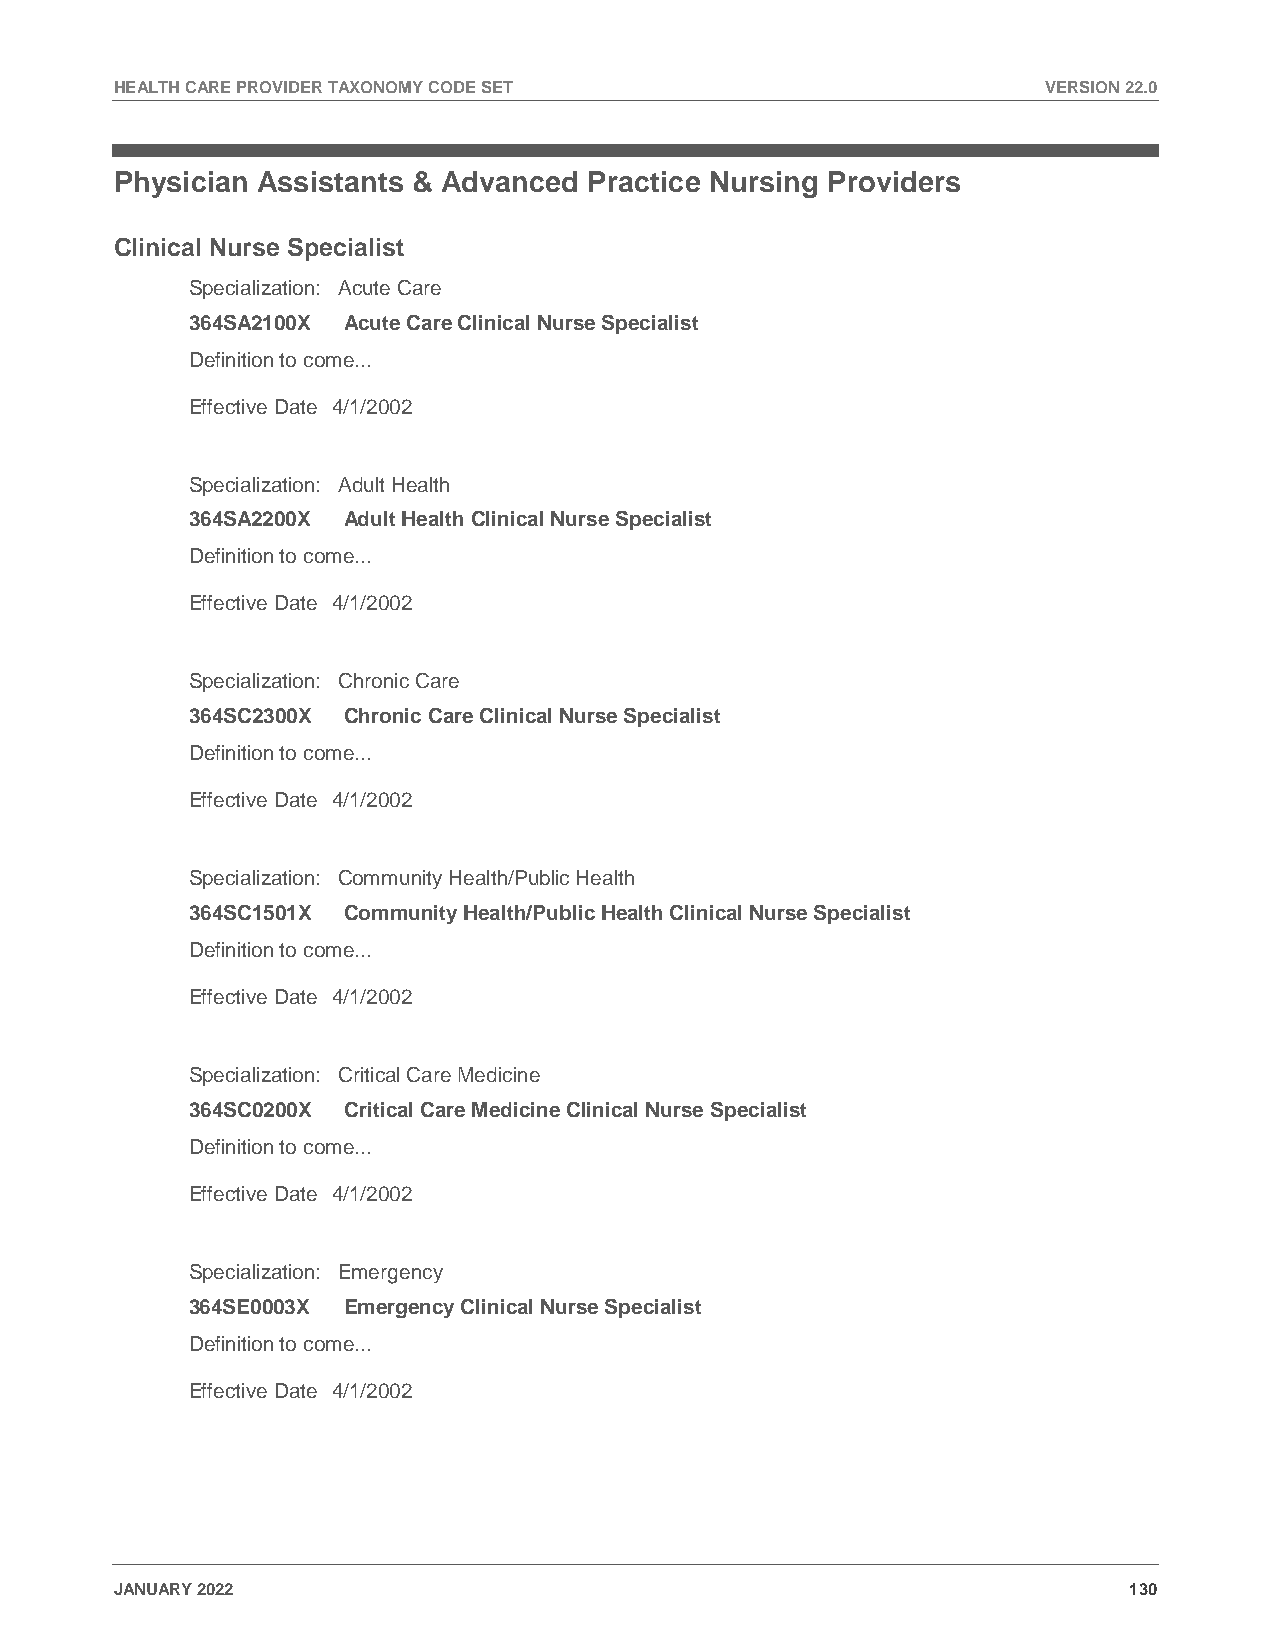
HEALTH CARE PROVIDER TAXONOMY CODE SET                       VERSION 22.0
 Physician Assistants & Advanced Practice Nursing Providers
 Clinical Nurse Specialist
 Specialization: Acute Care
 364SA2100X Acute Care Clinical Nurse Specialist
 Definition to come...
 Effective Date 4/1/2002
 Specialization: Adult Health
 364SA2200X Adult Health Clinical Nurse Specialist
 Definition to come...
 Effective Date 4/1/2002
 Specialization: Chronic Care
 364SC2300X Chronic Care Clinical Nurse Specialist
 Definition to come...
 Effective Date 4/1/2002
 Specialization: Community Health/Public Health
 364SC1501X Community Health/Public Health Clinical Nurse Specialist
 Definition to come...
 Effective Date 4/1/2002
 Specialization: Critical Care Medicine
 364SC0200X Critical Care Medicine Clinical Nurse Specialist
 Definition to come...
 Effective Date 4/1/2002
 Specialization: Emergency
 364SE0003X Emergency Clinical Nurse Specialist
 Definition to come...
 Effective Date 4/1/2002
 JANUARY 2022                                                       130